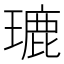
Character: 𤨞